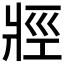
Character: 𱭐